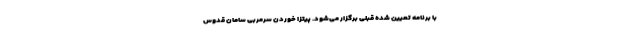
با برنامه تعیین شده قبلی برگزار می‌شود. پیتزا خوردن سرمربی سامان قدوس